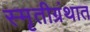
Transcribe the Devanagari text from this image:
स्मृतीग्रंथात